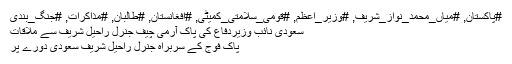
#پاکستان, #میاں_محمد_نواز_شریف, #وزیر_اعظم, #قومی_سلامتی_کمیٹی, #افغانستان, #طالبان, #مذاکرات, #جنگ_بندی
سعودی نائب وزیردفاع کی پاک آرمی چیف جنرل راحیل شریف سے ملاقات
پاک فوج کے سربراہ جنرل راحیل شریف سعودی دورے پر